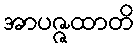
အာပဇ္ဇထာတိ